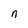
Character: n